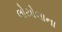
લોયોલાના